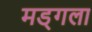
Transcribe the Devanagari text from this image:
मड्गला